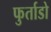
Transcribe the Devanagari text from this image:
फुर्ताडो